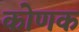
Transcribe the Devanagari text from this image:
कोणक